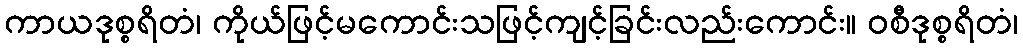
ကာယဒုစ္စရိတံ၊ ကိုယ်ဖြင့်မကောင်းသဖြင့်ကျင့်ခြင်းလည်းကောင်း။ ဝစီဒုစ္စရိတံ၊